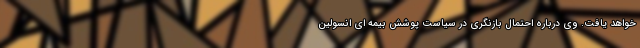
خواهد یافت. وی درباره احتمال بازنگری در سیاست پوشش بیمه ای انسولین